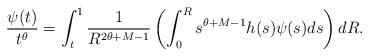
LaTeX: \begin{align*}\frac{\psi(t)}{t^{\theta}}=\int_t^1\frac1{R^{2\theta+M-1}}\left(\int_0^Rs^{\theta+M-1}h(s)\psi(s)ds\right)dR.\end{align*}